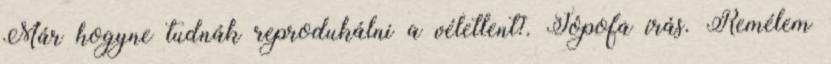
Már hogyne tudnák reprodukálni a véletlent?. Jópofa írás. Remélem